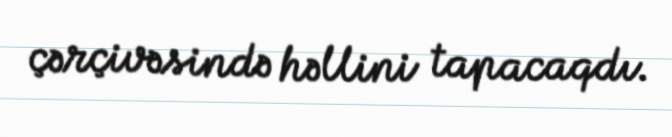
çərçivəsində həllini tapacaqdı.